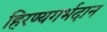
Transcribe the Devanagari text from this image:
हिरण्यगर्भदान